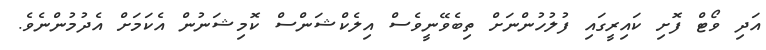
އަދި ވޯޓް ފޮށި ކައިރީގައި ފުލުހުންނަށް ތިބެވޭނީވެސް އިލެކްޝަންސް ކޮމިޝަނުން އެކަމަށް އެދުމުންނެވެ.